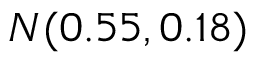
N ( 0 . 5 5 , 0 . 1 8 )